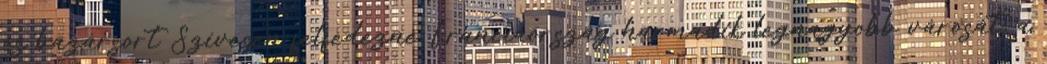
és bazársort Szívesen felfedezné Franciaország harmadik legnagyobb városát, a